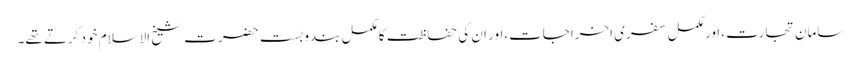
سامانِ تجارت ،اور مکمل سفری اخراجات،اور ان کی حفاظت کا مکمل بندوبست حضرت شیخ الاسلام خود کرتے تھے۔